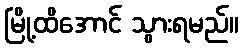
မြို့ထိအောင် သွားရမည်။